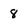
Character: 8